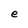
Character: e